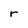
Character: r